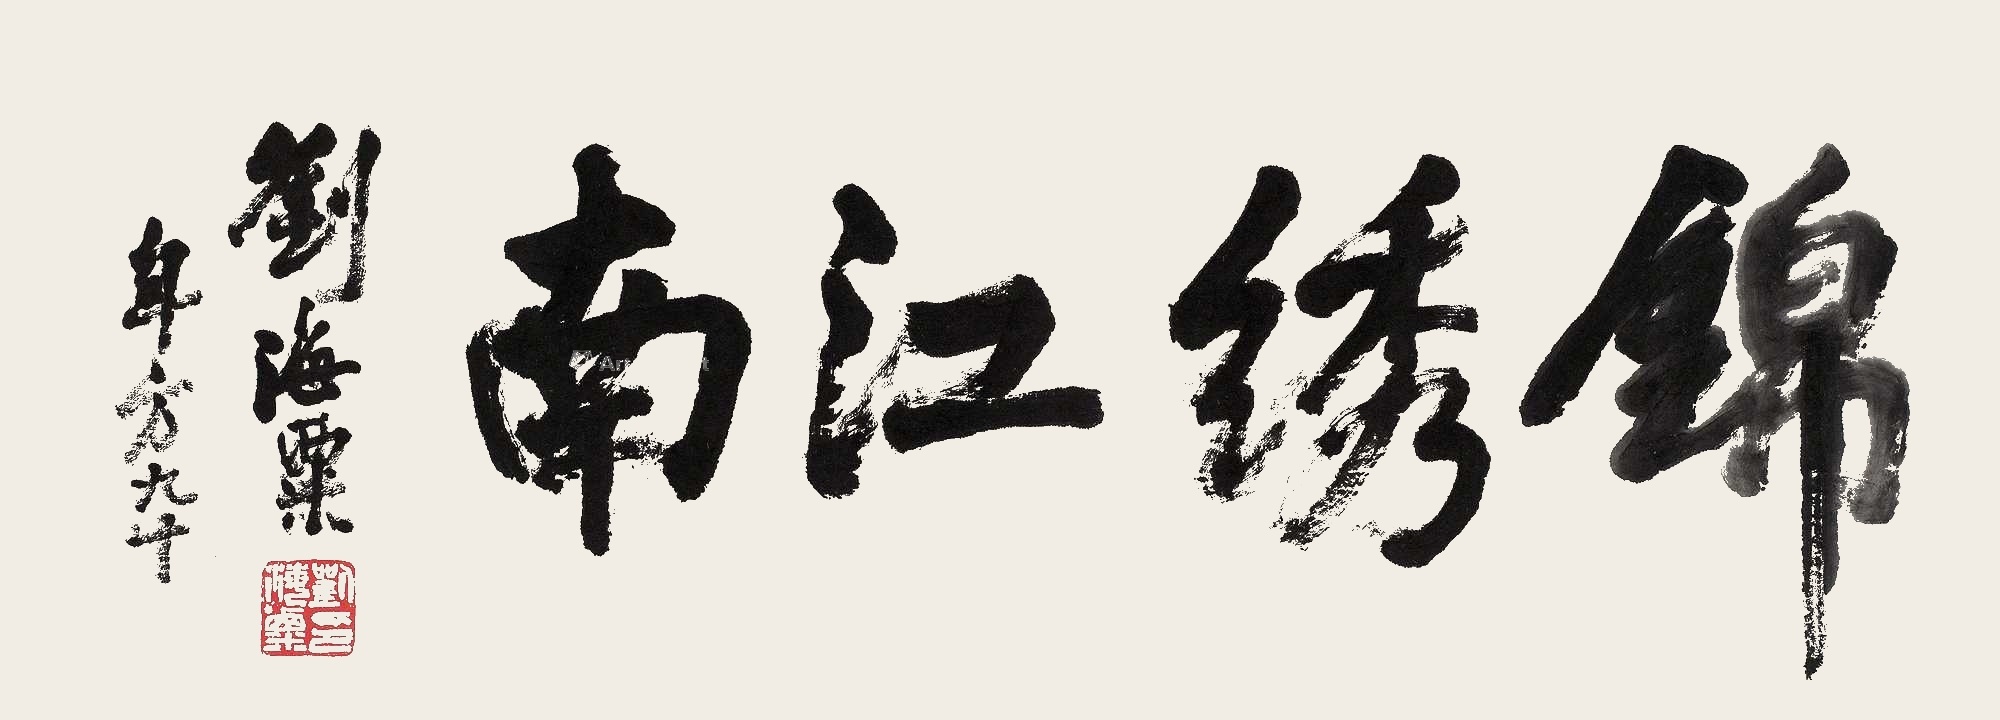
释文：锦绣江南。刘海粟年方九十。